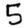
Digit: 5